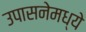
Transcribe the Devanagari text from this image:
उपासनेमध्ये